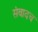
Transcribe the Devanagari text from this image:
संवादच